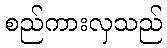
စည်ကားလှသည်